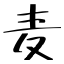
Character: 麦